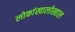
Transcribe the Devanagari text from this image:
लोकांखालोखाल